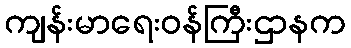
ကျန်းမာရေးဝန်ကြီးဌာနက